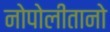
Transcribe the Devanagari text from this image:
नोपोलीतानो